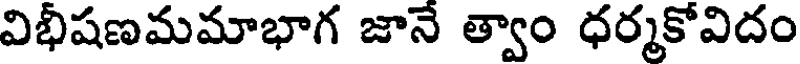
విభీషణమమాభాగ జానే త్వాం ధర్మకోవిదం